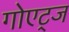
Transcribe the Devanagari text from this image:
गोएट्ज